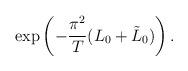
LaTeX: \begin{align*}\exp\left(-\frac{\pi^2}{T}(L_0+\tilde{L}_0)\right).\end{align*}